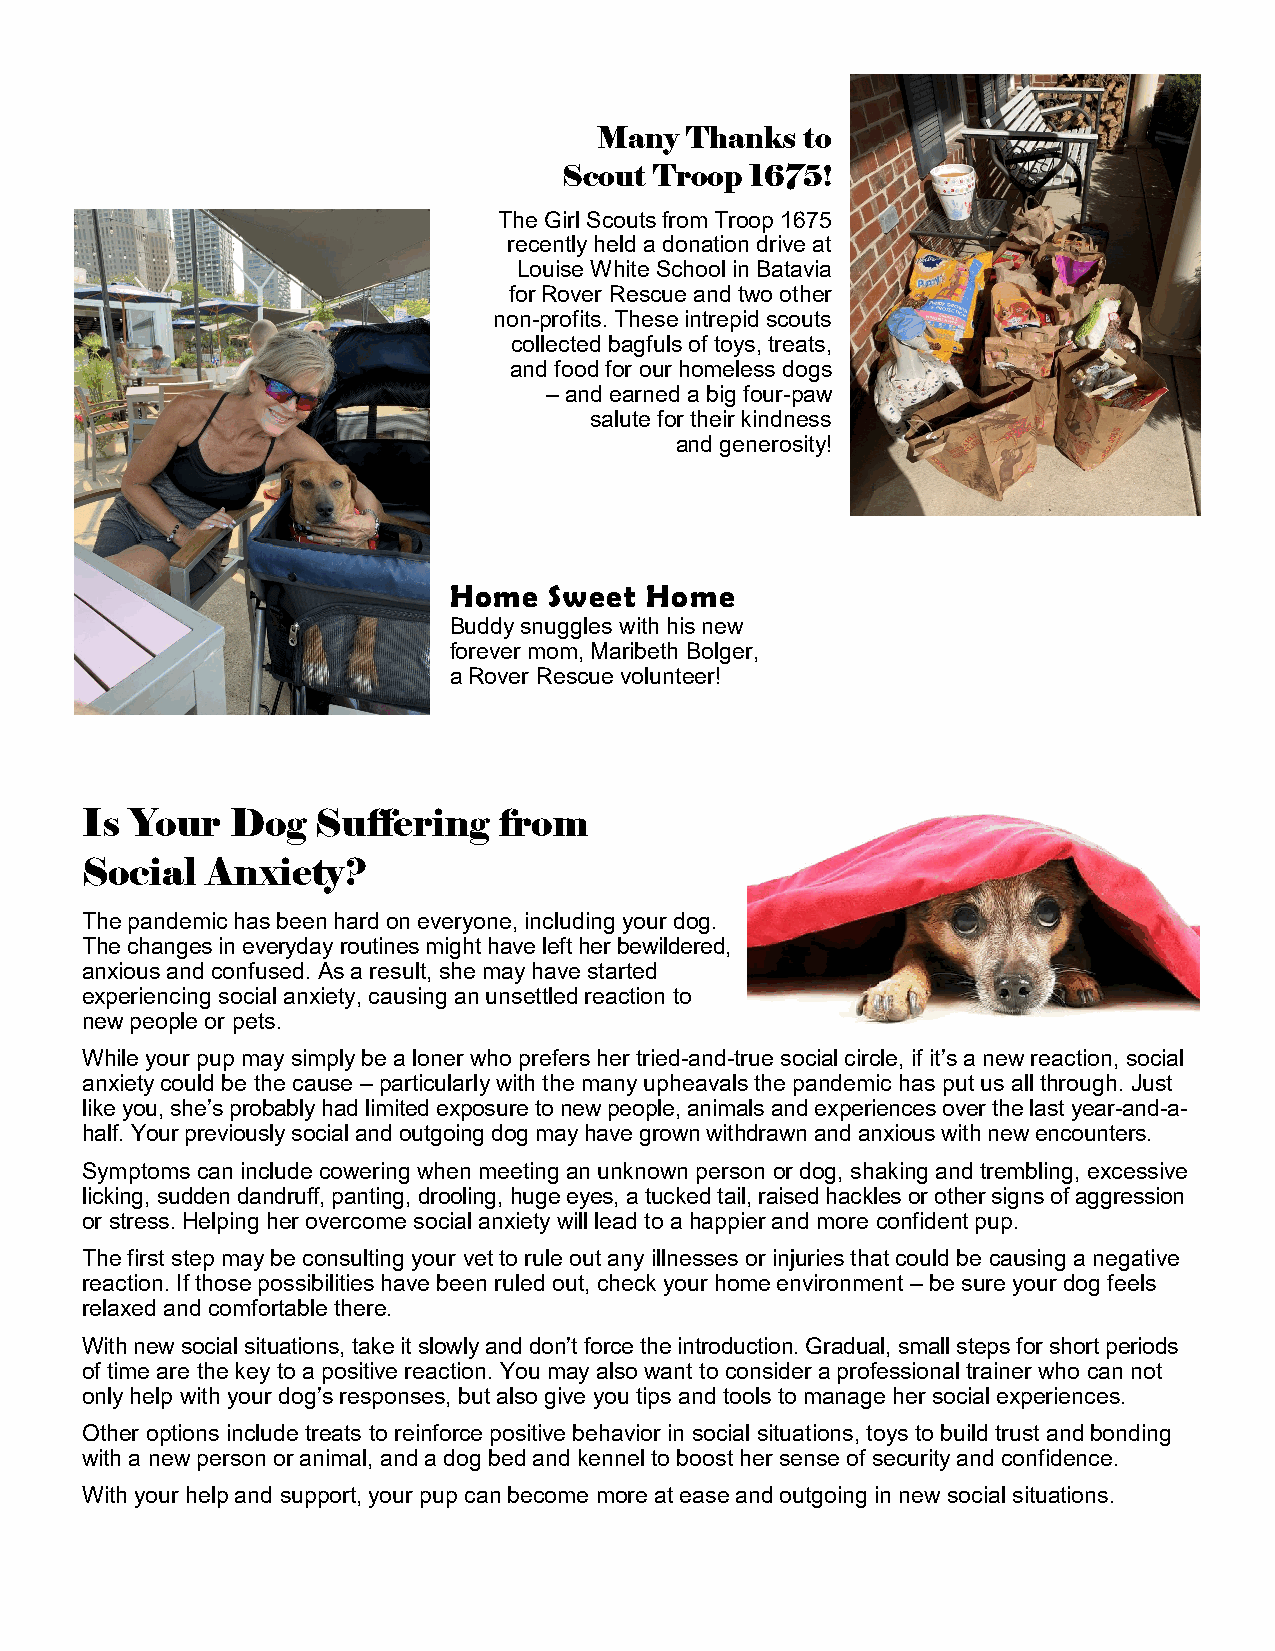
Many  Thanks  to
 Scout Troop  1675!
 The Girl Scouts from Troop 1675
 recently held a donation drive at
 Louise White School in Batavia
 for Rover Rescue and two other
 non-profits. These intrepid scouts
 collected bagfuls of toys, treats,
 and food for our homeless dogs
 – and earned a big four-paw
 salute for their kindness
 and generosity!
 Home  Sweet  Home
 Buddy snuggles with his new
 forever mom, Maribeth Bolger,
 a Rover Rescue volunteer!
 Is  Your  Dog   Suffering   from
 Social   Anxiety?
 The pandemic has been hard on everyone, including your dog.
 The changes in everyday routines might have left her bewildered,
 anxious and confused. As a result, she may have started
 experiencing social anxiety, causing an unsettled reaction to
 new people or pets.
 While your pup may simply be a loner who prefers her tried-and-true social circle, if it’s a new reaction, social
 anxiety could be the cause – particularly with the many upheavals the pandemic has put us all through. Just
 like you, she’s probably had limited exposure to new people, animals and experiences over the last year-and-a-
 half. Your previously social and outgoing dog may have grown withdrawn and anxious with new encounters.
 Symptoms can include cowering when meeting an unknown person or dog, shaking and trembling, excessive
 licking, sudden dandruff, panting, drooling, huge eyes, a tucked tail, raised hackles or other signs of aggression
 or stress. Helping her overcome social anxiety will lead to a happier and more confident pup.
 The first step may be consulting your vet to rule out any illnesses or injuries that could be causing a negative
 reaction. If those possibilities have been ruled out, check your home environment – be sure your dog feels
 relaxed and comfortable there.
 With new social situations, take it slowly and don’t force the introduction. Gradual, small steps for short periods
 of time are the key to a positive reaction. You may also want to consider a professional trainer who can not
 only help with your dog’s responses, but also give you tips and tools to manage her social experiences.
 Other options include treats to reinforce positive behavior in social situations, toys to build trust and bonding
 with a new person or animal, and a dog bed and kennel to boost her sense of security and confidence.
 With your help and support, your pup can become more at ease and outgoing in new social situations.